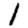
Digit: 1